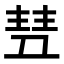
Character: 𬻥